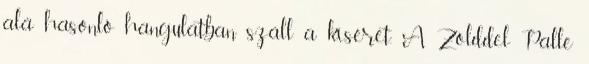
alá hasonló hangulatban száll a kíséret. A Zölddel Palle